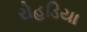
રોહડિયા